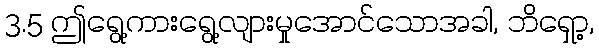
3.5 ဤရွေ့ကားရွေ့လျားမှုအောင်သောအခါ, ဘိရှော့,